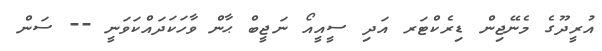
އުރީދޫގެ މެނޭޖިން ޑިރެކްޓަރ އަދި ސީއީއޯ ނަޖީބް ޙާން ވާހަކަދައްކަވަނީ -- ސަން